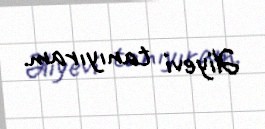
Əliyevi tanıyıram.